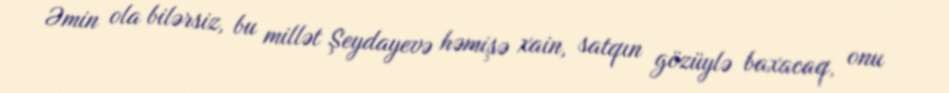
Əmin ola bilərsiz, bu millət Şeydayevə həmişə xain, satqın gözüylə baxacaq, onu